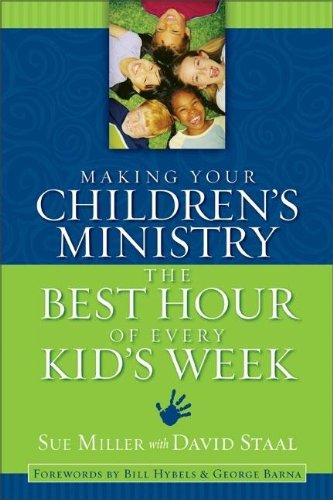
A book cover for Making Your Children's Ministry the Best Hour of Every Kid's Week; Sue Miller; Christian Books & Bibles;